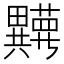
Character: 𬏘